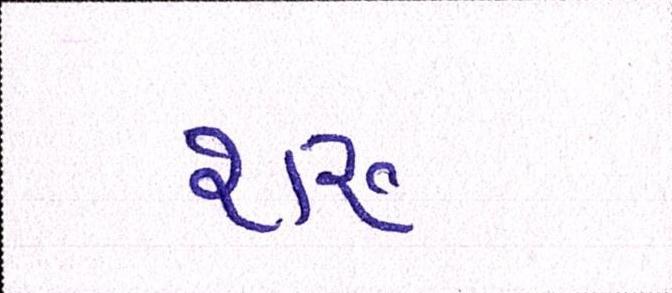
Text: શરુ